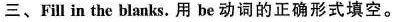
三、Fill in the blanks. 用 be 动词的正确形式填空.